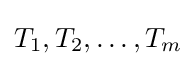
T_{1},T_{2},\dots ,T_{m}